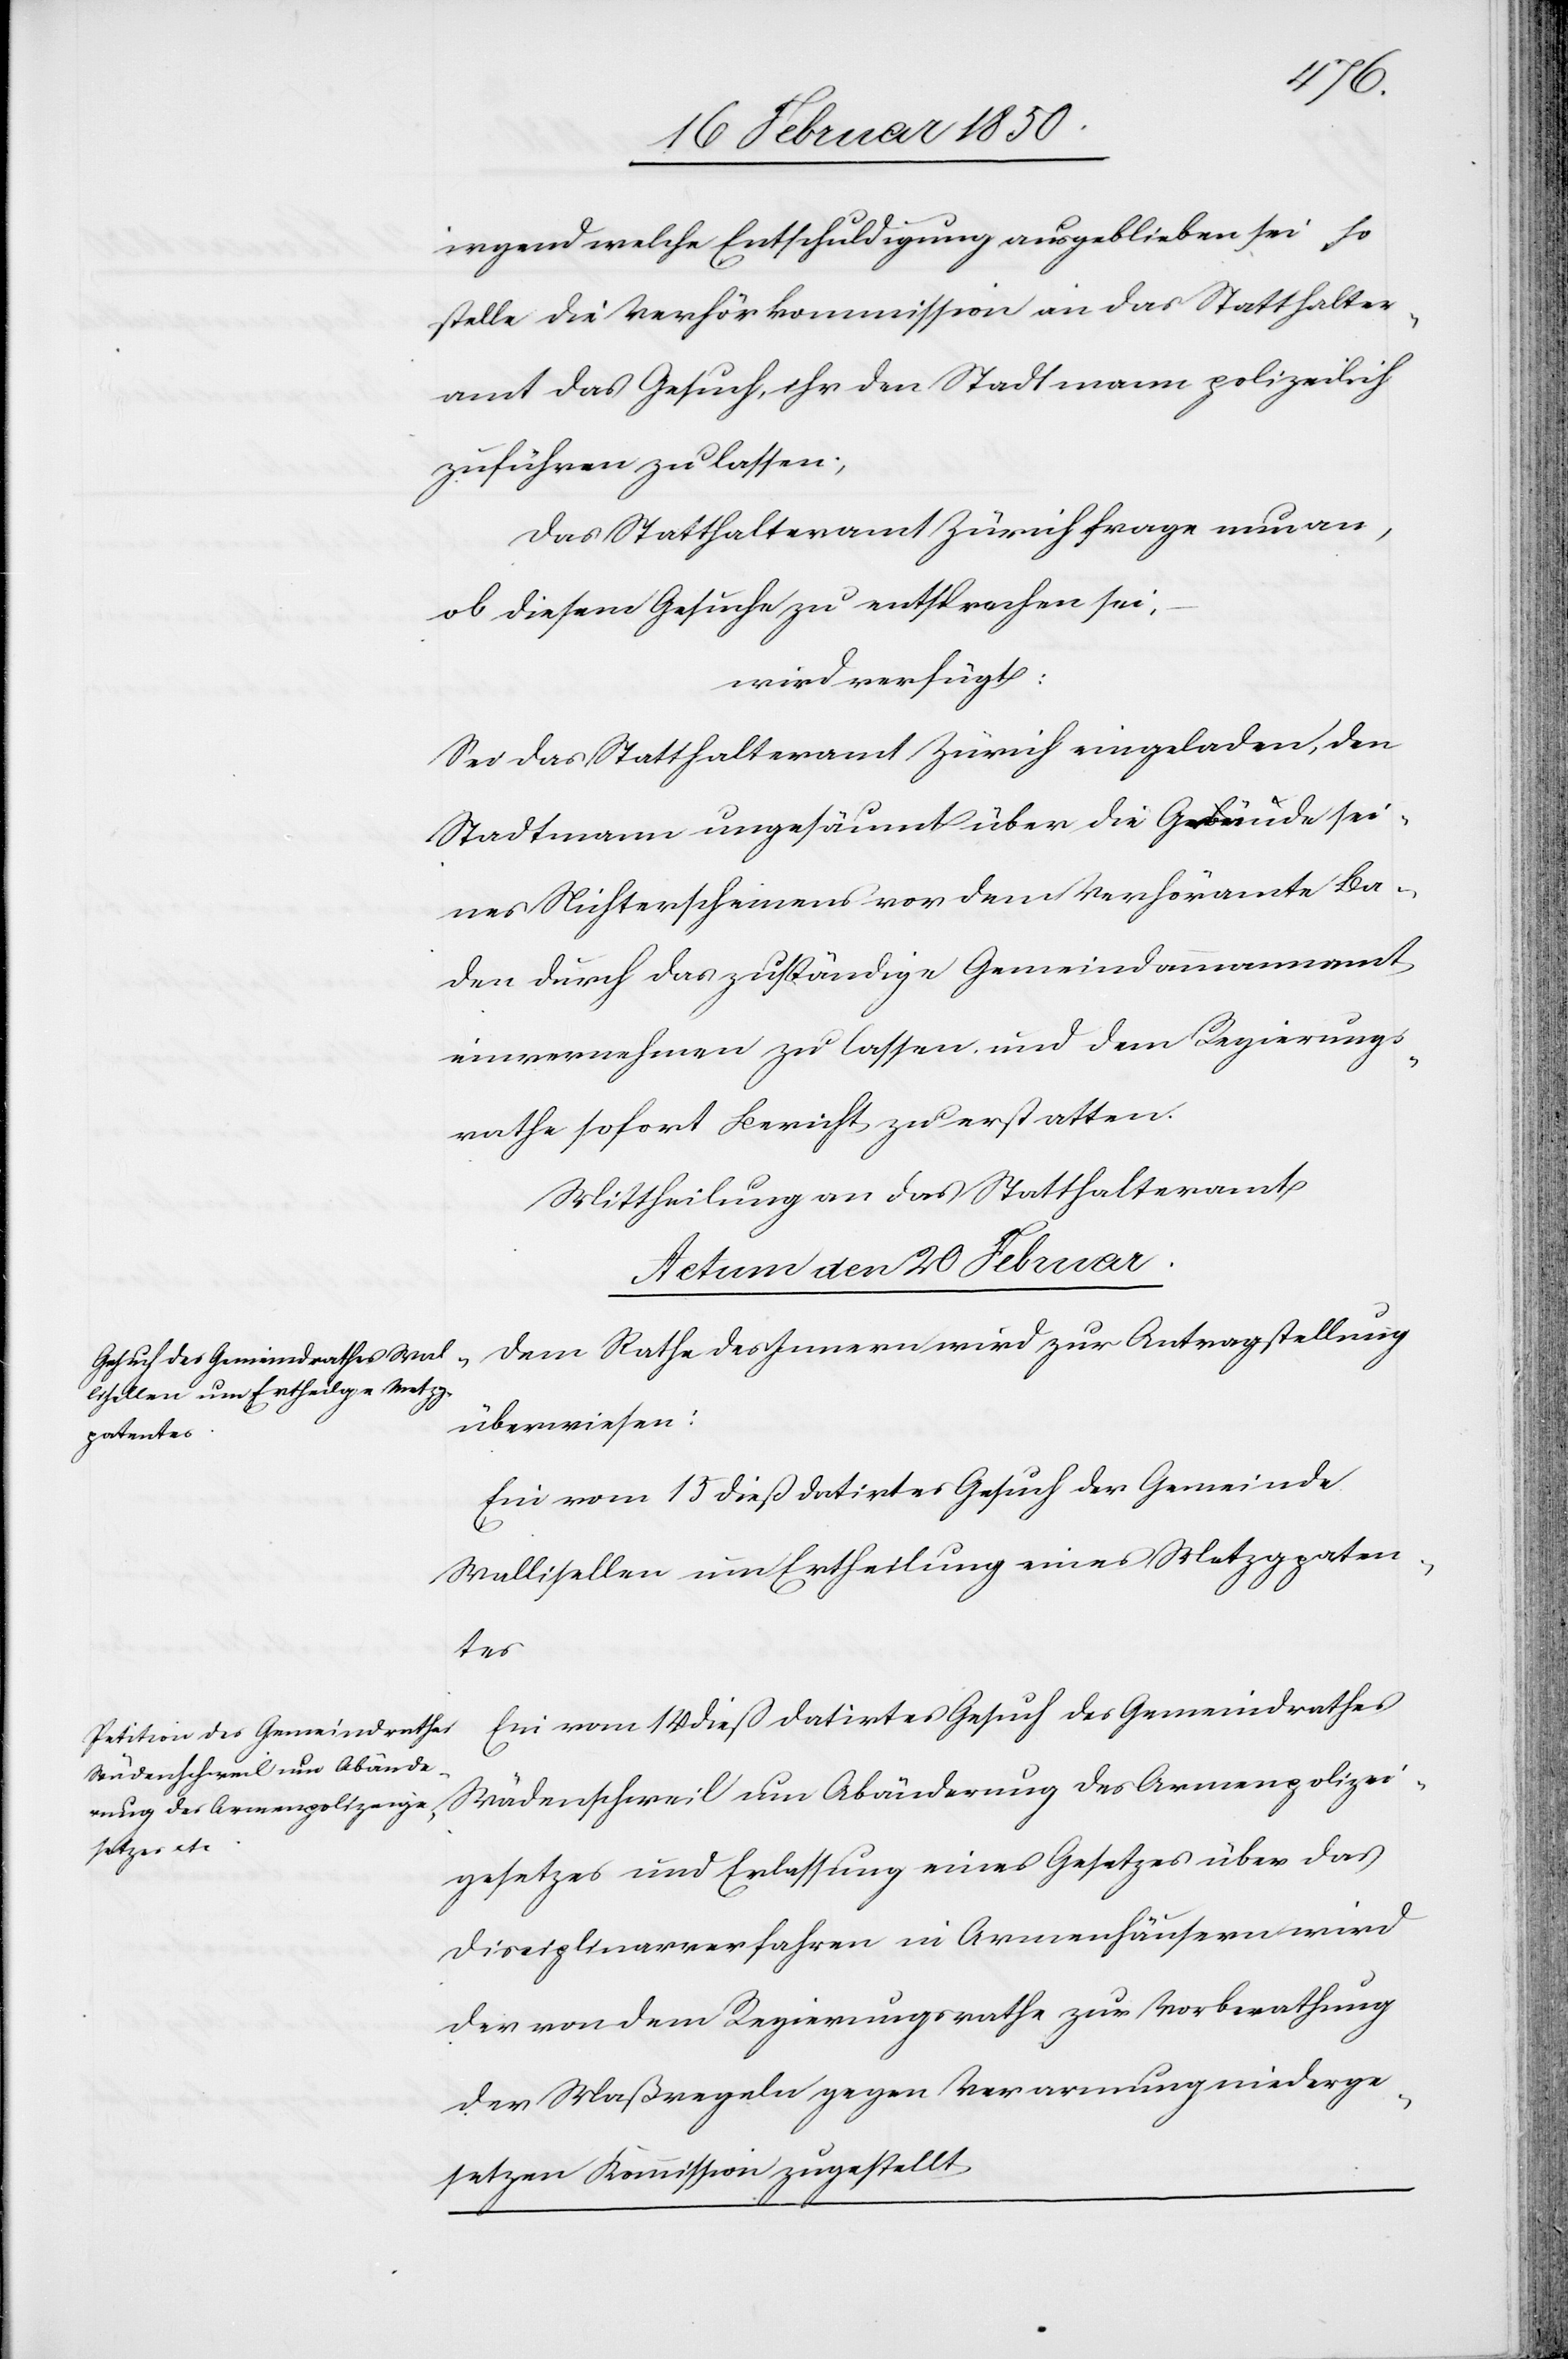
irgend welche Entschuldigung ausgeblieben sei, so
stelle die Verhörkommission an das Statthalter¬
amt das Gesuch, ihr den Stadtmann polizeilich
zuführen zu lassen;
Das Statthalteramt Zürich frage nun an,
ob diesem Gesuche zu entsprechen sei,
wird verfügt:
Sei das Statthalteramt Zürich eingeladen, den
Stadtmann ungesäumt über die Gründe sei¬
nes Nichterscheinens vor dem Verhöramte Ba¬
den durch das zuständige Gemeindammannamt
einvernehmen zu lassen und dem Regierungs¬
rathe sofort Bericht zu erstatten.
Mittheilung an das Statthalteramt
Actum den 20 Februar.]
Dem Rathe des Innern wird zur Antragstellung
überwiesen:
Ein vom 15 dieß datirtes Gesuch der Gemeinde
Wallisellen um Ertheilung eines Metzgpaten¬
tes
Ein vom 14 dieß datirtes Gesuch des Gemeindrathes
Wädenschweil um Abänderung des Armenpolizei¬
gesetzes und Erlassung eines Gesetzes über das
Disciplinarverfahren in Armenhäusern wird
der von dem Regierungsrathe zur Vorberathung
der Maßregeln gegen Verarmung niederge¬
setz[t]en Kommission zugestellt.